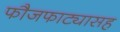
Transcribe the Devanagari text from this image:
फौजफाट्यासह